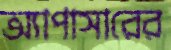
অ্যাপাসারের